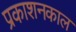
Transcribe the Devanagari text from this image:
प्रकाशनकाल